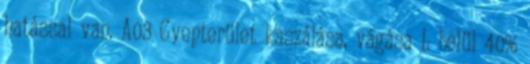
hatással van. A03 Gyepterület kaszálása, vágása L belül 40%